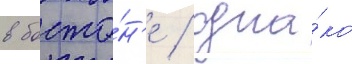
в босто́н'е / одна́ко